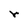
Character: r